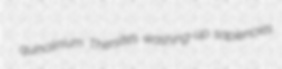
quinolinium Thersites washing-up sapiencies